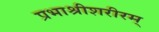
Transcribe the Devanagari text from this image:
प्रभाश्रीशरीरम्